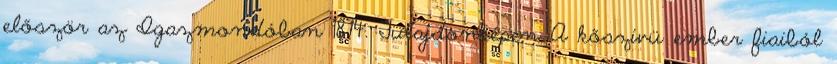
először az Igazmondóban 1874. Tulajdonképen A kőszívü ember fiaiból